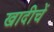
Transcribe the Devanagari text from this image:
खादीचें